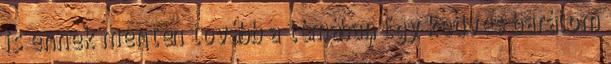
is ennek mentén tovább a témában Egy kedves barátom